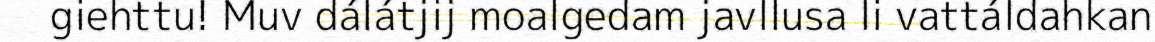
giehttu! Muv dálátjij moalgedam javllusa li vattáldahkan